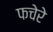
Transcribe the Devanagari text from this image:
फचेरे